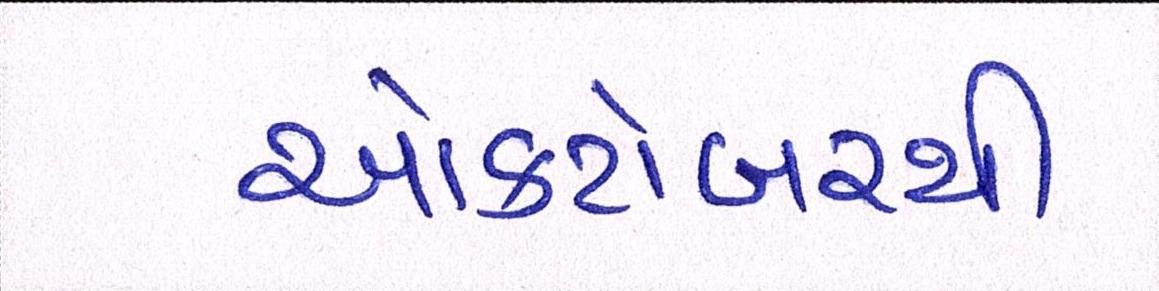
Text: ઓક્ટોબરથી